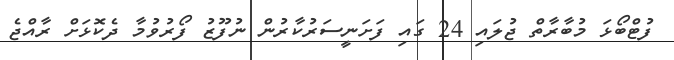
ފުޓްބޯޅަ މުބާރާތް ޖުލައި 24 ގައި ފަށަނީސަރުކާރުން ނުފޫޒު ފޯރުވުމާ ދެކޮޅަށް ރާއްޖެ